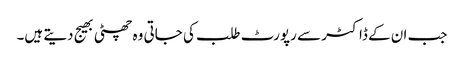
جب ان کے ڈاکٹر سے رپورٹ طلب کی جاتی وہ چھٹی بھیج دیتے ہیں۔